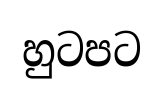
හුටපට